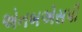
એનબએસપી